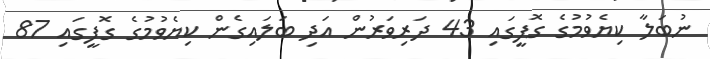
ނުބަލާ ކިޔެވުމުގެ ގޮފީގައި 43 ދަރިވަރުން އަދި ބަލައިގެން ކިޔެވުމުގެ ގޮފީގައި 87